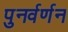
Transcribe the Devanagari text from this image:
पुनर्वर्णन